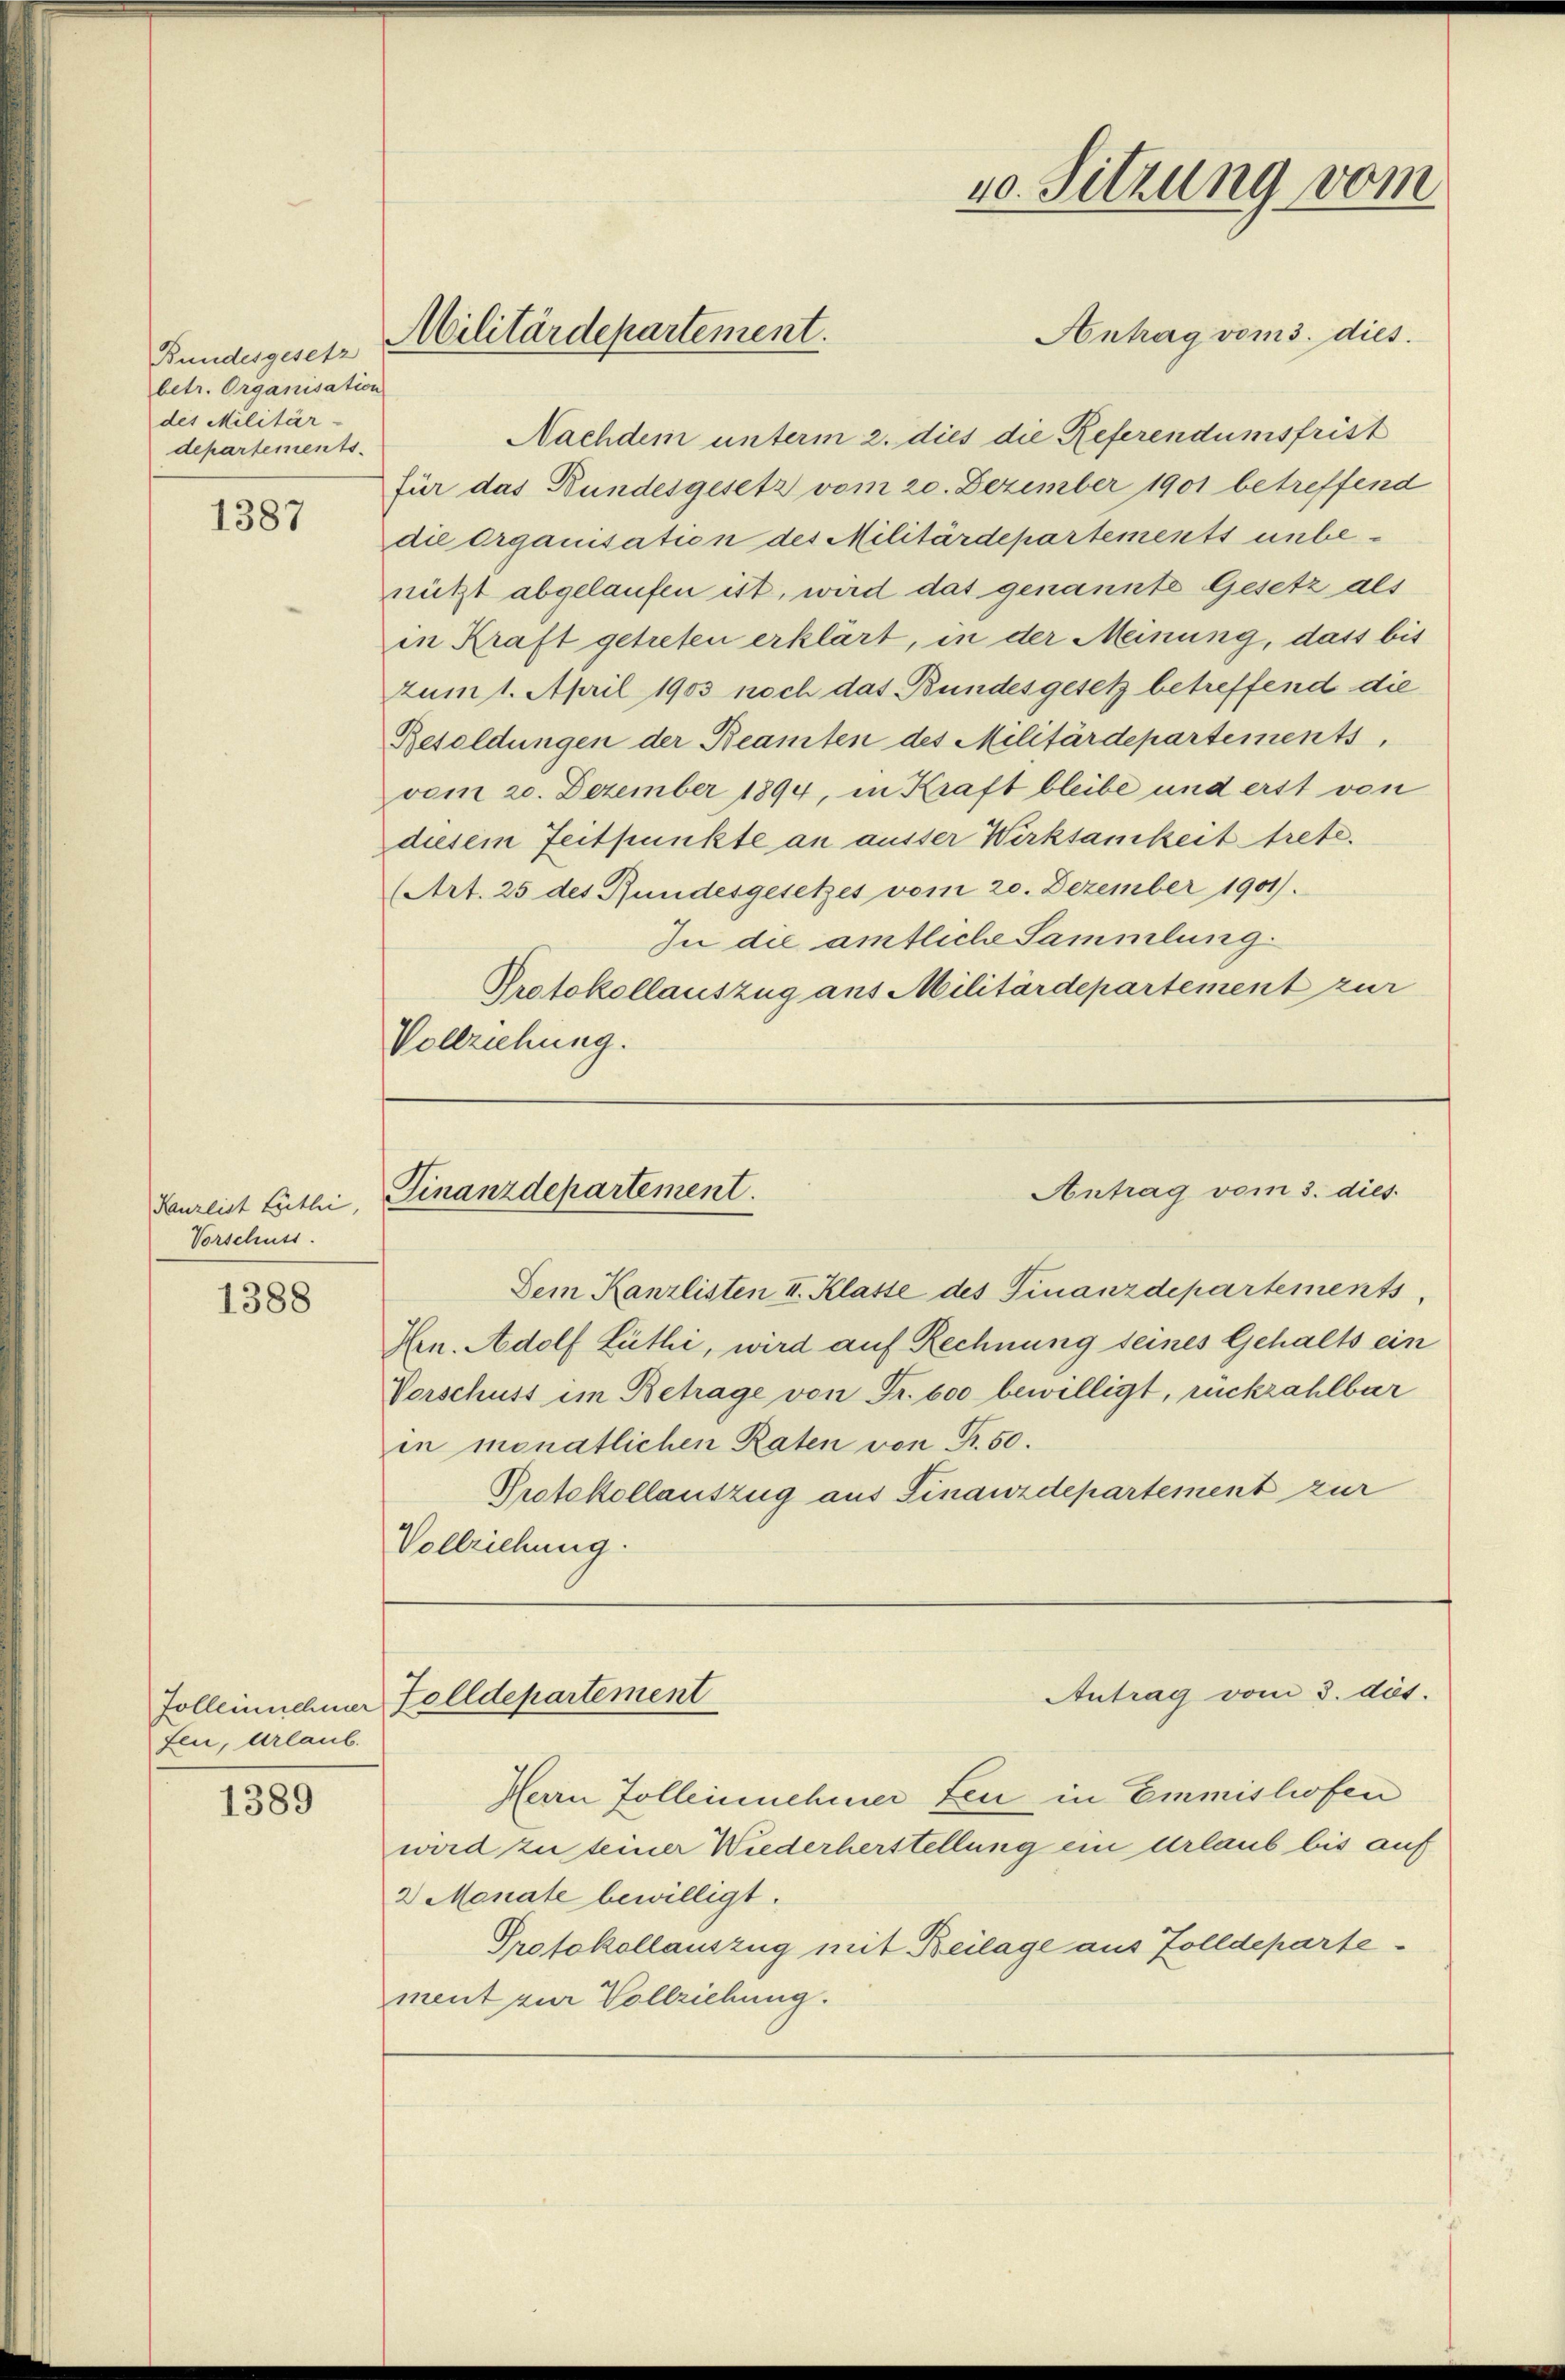
Bundesgesetz
betr. Organisation
des Militär-
departements

1387

Kanzlist Leitli,
Vorschuss

1388

Zolleinehmer
fen, Urlaub.

1389

Militärdepartement.

Antrag vom 3. dies
Finanzdepartement.

Dem Kanzlisten II. Klasse des Finanzdepartements
Hrn. Adolf Lüthi, wird auf Rechnung seines Gehalts ein
Vorschuss im Betrage von Fr. 600 bewilligt, rückzahlbar
in monatlichen Raten von Fr. 50.
Protokollauszug aus Finanzdepartement zur
Vollziehung.

Antrag vom 3. dies
Nachdem unterm 2. dies die Referendumsfrist
für das Bundesgesetz vom 20. Dezember 1901 betreffend
die Organisation des Militärdepartements unbenützt abgelaufen ist, wird das genannte Gesetz als
in Kraft getreten erklärt, in der Meinung, dass bis
zum 1. April 1903 noch das Bundesgesetz betreffend die
Besoldungen der Beamten des Militärdepartements
vom 20. Dezember 1894, in Kraft bleibe und erst von
diesem Zeitpunkte an ausser Wirksamkeit trete.
(Art. 25 des Pfundesgesetzes vom 20. Dezember 1901).
In die amtliche Sammlung.
Protokollauszug aus Militärdepartement zur
Vollziehung.

Zolldepartement

40. Sitzung vom

Herrn Zolleinehmer feu in Emmishofen
wird zu seiner Wiederherstellung ein Urlaub bis auf
2 Monate bewilligt.
Protokollauszug mit Beilage aus Zolldepartement zur Vollziehung.

Antrag vom 3. dat.